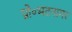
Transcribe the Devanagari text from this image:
प्रो॰भटनागर